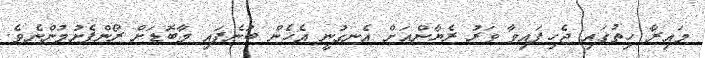
މައިރާ ހިތުގައި ޖެހިފައިވާ ވަރު ރެޔާންއަށް އެނގުނީ އެހެން ބުނެފައި މާބޮޑަށް ރޯންފެށުމުންނެވެ.